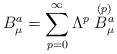
\begin{align*}B_\mu^a =\sum_{p=0}^\infty \Lambda^p \stackrel{(p)}{B_\mu ^a}\end{align*}